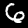
Label: 6